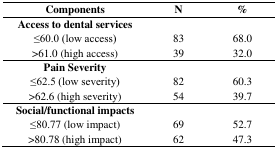
| Components | N | % |
 | --- | --- | --- |
 | Access to dental services |  |  |
 | ≤60.0 (low access) | 83 | 68.0 |
 | >61.0 (high access) | 39 | 32.0 |
 | Pain Severity |  |  |
 | ≤62.5 (low severity) | 82 | 60.3 |
 | >62.6 (high severity) | 54 | 39.7 |
 | Social/functional impacts |  |  |
 | ≤80.77 (low impact) | 69 | 52.7 |
 | >80.78 (high impact) | 62 | 47.3 |